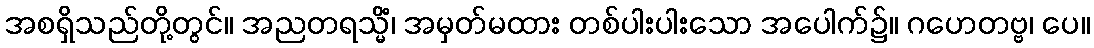
အစရှိသည်တို့တွင်။ အညတရသ္မိံ၊ အမှတ်မထား တစ်ပါးပါးသော အပေါက်၌။ ဂဟေတဗ္ဗ၊ ပေ။